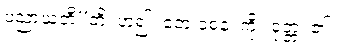
ပညာယတီ”တိ၊ ဟူ၍။ ဧတံ ဝစနံ၊ ကို။ ဝုတ္တံ၊ ၏။